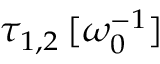
\tau _ { 1 , 2 } \, [ \omega _ { 0 } ^ { - 1 } ]